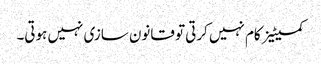
کمیٹیز کام نہیں کرتی تو قانون سازی نہیں ہوتی۔